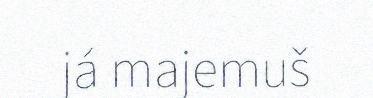
já majemuš